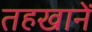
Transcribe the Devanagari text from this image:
तहखानें